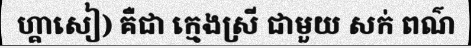
ហ្គាសៀ) គឺជា ក្មេងស្រី ជាមួយ សក់ ពណ៌